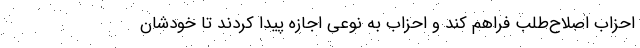
احزاب اصلاح‌طلب فراهم کند و احزاب به نوعی اجازه پیدا کردند تا خودشان